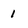
Character: 1